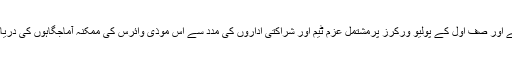
ہم اس بات کا اعادہ کرتے ہیں کہ TAGکی سفارشات پر عمل درآمد کو یقینی بناتے ہوئے اور صف اول کے پولیو ورکرز پرمشتمل عزم ٹیم اور شراکتی اداروں کی مدد سے اس موذی وائرس کی ممکنہ آماجگاہوں کی دریافت اور پولیو کے مکمل خاتمے کے لیے جدوجہد کو موثر انداز میں جاری رکھیں گے"۔